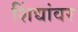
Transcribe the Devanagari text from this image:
शिंद्यांवर